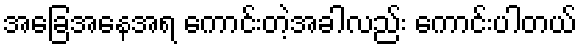
အခြေအနေအရ ကောင်းတဲ့အခါလည်း ကောင်းပါတယ်